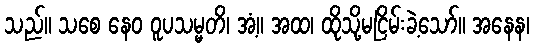
သည်။ သစေ နေဝ ဝူပသမ္မတိ၊ အံ့။ အထ၊ ထိုသို့မငြိမ်းခဲ့သော်။ အနေန၊